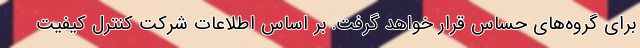
برای گروه‌های حساس قرار خواهد گرفت. بر اساس اطلاعات شرکت کنترل کیفیت